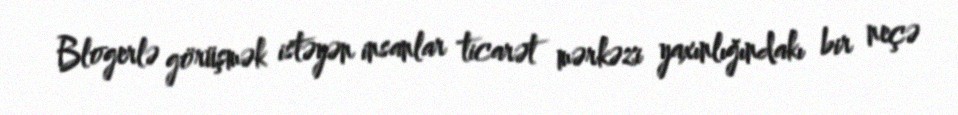
Blogerlə görüşmək istəyən insanlar ticarət mərkəzi yaxınlığındakı bir neçə